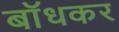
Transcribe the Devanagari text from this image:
बाॅधकर